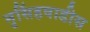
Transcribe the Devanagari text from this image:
नृसिंहवाडीस